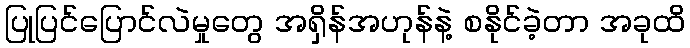
ပြုပြင်ပြောင်လဲမှုတွေ အရှိန်အဟုန်နဲ့ စနိုင်ခဲ့တာ အခုထိ